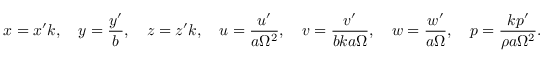
x = x ^ { \prime } k , \ \ \ y = \frac { y ^ { \prime } } { b } , \ \ \ z = z ^ { \prime } k , \ \ \ u = \frac { u ^ { \prime } } { a \Omega ^ { 2 } } , \ \ \ v = \frac { v ^ { \prime } } { b k a \Omega } , \ \ \ w = \frac { w ^ { \prime } } { a \Omega } , \ \ \ p = \frac { k p ^ { \prime } } { \rho a \Omega ^ { 2 } } .